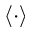
\langle \cdot \rangle